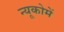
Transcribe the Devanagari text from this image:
न्यूकोमें